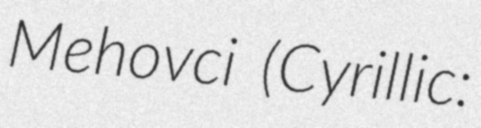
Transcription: Mehovci (Cyrillic: